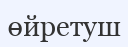
өйретуш